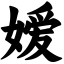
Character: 嫒